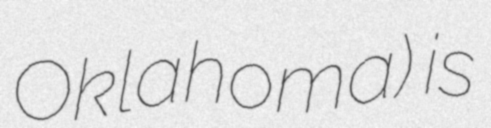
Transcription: Oklahoma) is